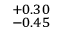
^ { + 0 . 3 0 } _ { - 0 . 4 5 }